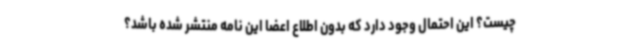
چیست؟ این احتمال وجود دارد که بدون اطلاع اعضا این نامه منتشر شده باشد؟